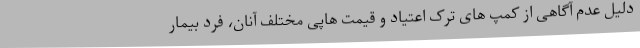
دلیل عدم آگاهی از کمپ های ترک اعتیاد و قیمت هاپی مختلف آنان، فرد بیمار